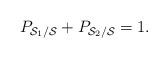
LaTeX: \begin{align*}P_{{\cal S}_1/{\cal S}} + P_{{\cal S}_2/{\cal S}} =1.\end{align*}